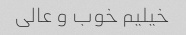
خیلیم خوب و عالی